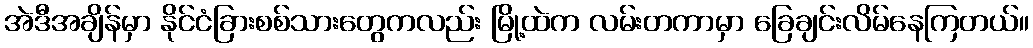
အဲဒီအချိန်မှာ နိုင်ငံခြားစစ်သားတွေကလည်း မြို့ထဲက လမ်းတကာမှာ ခြေချင်းလိမ်နေကြတယ်။